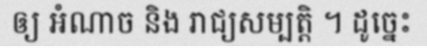
ឲ្យ អំណាច និង រាជ្យសម្បត្តិ ។ ដូច្នេះ